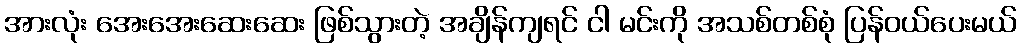
အားလုံး အေးအေးဆေးဆေး ဖြစ်သွားတဲ့ အချိန်ကျရင် ငါ မင်းကို အသစ်တစ်စုံ ပြန်ဝယ်ပေးမယ်